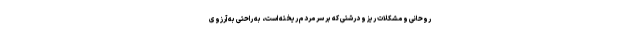
روحانی و مشکلات ریز و درشتی که بر سر مردم ریخته است، به راحتی به آرزوی